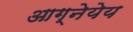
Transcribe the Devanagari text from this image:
आग्नेयेय